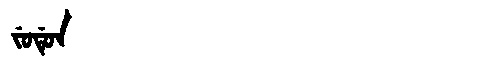
Manchu: ᠵᡠᡩᡠᠨ
Romanization: JUDUN